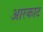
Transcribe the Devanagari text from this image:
आरकाट